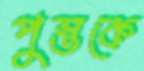
পুস্তকে